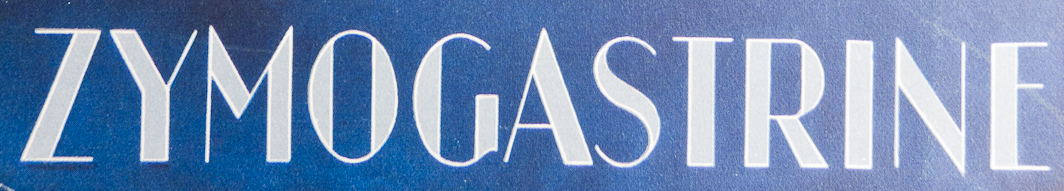
ZYMOGASTRINE